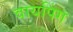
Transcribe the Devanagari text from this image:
वायपिंग